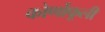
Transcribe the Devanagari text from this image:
कोर्णोफूली